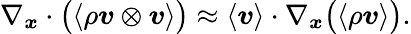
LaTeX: \nabla_{\boldsymbol{x}}\cdot\big(\langle\rho\boldsymbol{v}\otimes\boldsymbol{v}\rangle\big)\approx\langle\boldsymbol{v}\rangle\cdot\nabla_{\boldsymbol{x}}\big(\langle\rho\boldsymbol{v}\rangle\big).